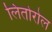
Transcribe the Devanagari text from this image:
लितोरोल